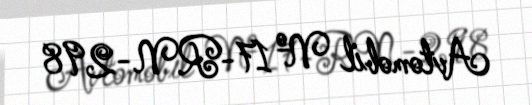
Avtomobil № 17-RN-298